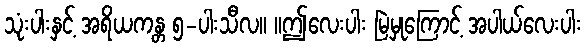
သုံးပါးနှင့် အရိယကန္တ ၅-ပါးသီလ။ ။ဤလေးပါး မြဲမှုကြောင့် အပါယ်လေးပါး